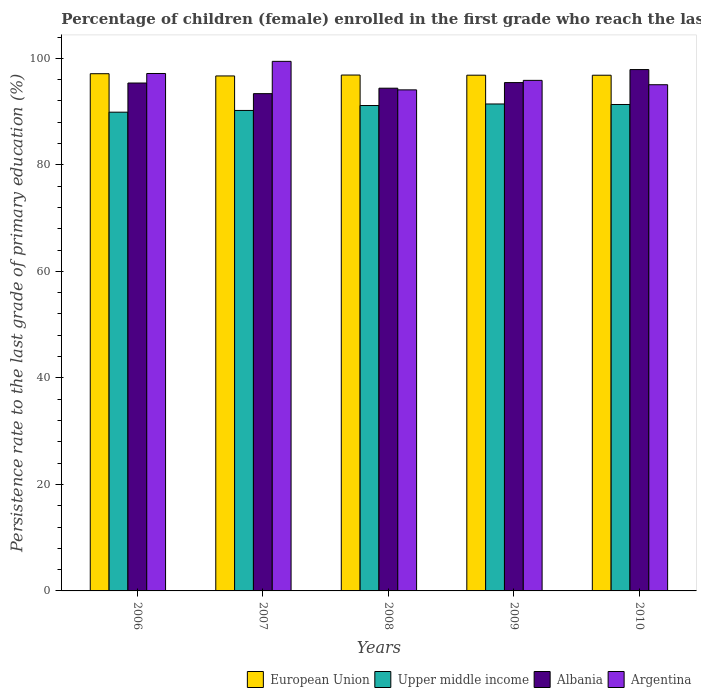
| Years | European Union | Upper middle income | Albania | Argentina |
 | --- | --- | --- | --- | --- |
 | 2006 | 97.1 | 89.9 | 95.4 | 97.1 |
 | 2007 | 96.7 | 90.2 | 93.4 | 99.4 |
 | 2008 | 96.9 | 91.1 | 94.4 | 94.1 |
 | 2009 | 96.8 | 91.4 | 95.4 | 95.9 |
 | 2010 | 96.8 | 91.3 | 97.9 | 95 |